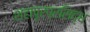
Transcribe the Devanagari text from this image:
शहापूरप्रसिद्ध